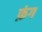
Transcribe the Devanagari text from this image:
फ़ंग